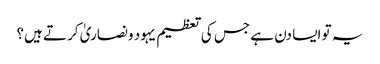
یہ تو ایسا دن ہے جس کی تعظیم یہود ونصاریٰ کرتے ہیں؟